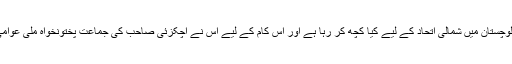
اس خط میں یہ بھی بتایا گیاہے کہ ایران بلوچستان میں شمالی اتحاد کے لیے کیا کچھ کر رہا ہے اور اس کام کے لیے اس نے اچکزئی صاحب کی جماعت پختونخواہ ملی عوامی پارٹی کی خدمات حاصل کر رکھی ہیں۔